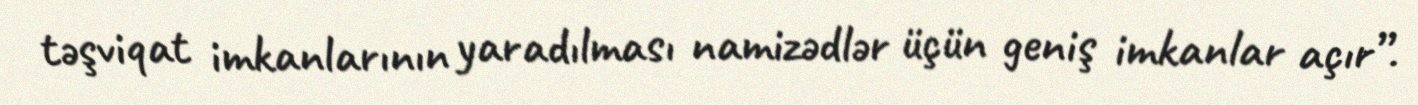
təşviqat imkanlarının yaradılması namizədlər üçün geniş imkanlar açır”.